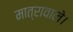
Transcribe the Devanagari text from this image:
मात्रावाले।